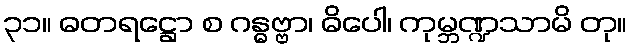
၃၁။ ဓတရဋ္ဌော စ ဂန္ဓဗ္ဗာ၊ ဓိပေါ၊ ကုမ္ဘဏ္ဍသာမိ တု။